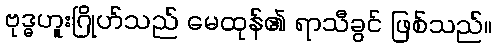
ဗုဒ္ဓဟူးဂြိုဟ်သည် မေထုန်၏ ရာသီခွင် ဖြစ်သည်။